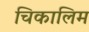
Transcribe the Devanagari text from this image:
चिकालिम